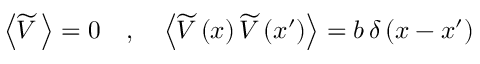
\left\langle \widetilde { V } \, \right\rangle = 0 \quad , \quad \left\langle \widetilde { V } \left( x \right) \widetilde { V } \left( x ^ { \prime } \right) \right\rangle = b \, \delta \left( x - x ^ { \prime } \right)